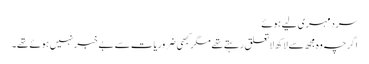
سرد مہری لیے ہوئے
اگرچہ وہ مجھ سے لاکھ لاتعلق رہتے تھے مگر کبھی ضروریات سے بے خبر نہیں ہوئے تھے۔